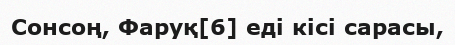
Сонсоң, Фаруқ[6] еді кісі сарасы,